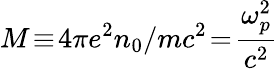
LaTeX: M\! \equiv\! 4\pi e^{2}n_{0}/mc^{2}\! =\! \frac{\omega_{p}^{2}}{c^{2}}